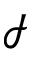
\mathcal { I }